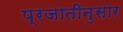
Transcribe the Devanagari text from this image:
प्रजातीनुसार